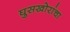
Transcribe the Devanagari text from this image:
घुसखोरांचा